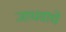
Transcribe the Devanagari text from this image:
जाधवाचे